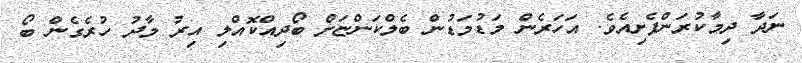
ނަދާ ދިމާކުރަންފެށިއެވެ. އަހަރެން މަޑުމަޑުން ބެލްކަންޏަށް ބޯދިއްކޮއްލި އިރު މާދު ހުރެގެން ބޯ